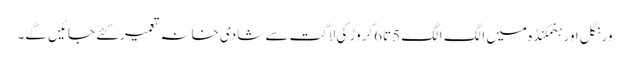
ورنگل اور ہنمکنڈہ میں الگ الگ 5تا6کروڑ کی لاگت سے شادی خانہ تعمیر کئے جائیں گے۔